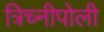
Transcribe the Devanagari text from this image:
त्रिच्नीपोली